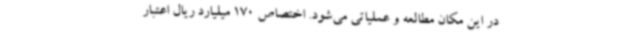
در این مکان مطالعه و عملیاتی می‌شود. اختصاص 170 میلیارد ریال اعتبار